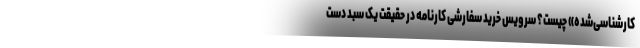
کارشناسی‌شده» چیست؟ سرویس خرید سفارشی کارنامه در حقیقت یک سبد دست